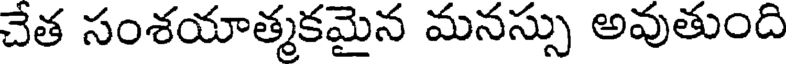
చేత సంశయాత్మకమైన మనస్సు అవుతుంది